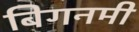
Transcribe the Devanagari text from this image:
बिगनमी